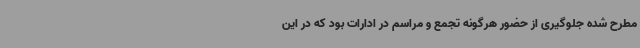
مطرح شده جلوگیری از حضور هرگونه تجمع و مراسم در ادارات بود که در این